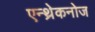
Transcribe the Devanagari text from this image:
एन्थ्रेकनोज